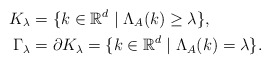
\begin{align*}K_{\lambda}&=\{k \in \mathbb{R}^d \mid \Lambda_A(k)\geq \lambda\},\\\Gamma_{\lambda}&=\partial K_{\lambda}=\{k \in \mathbb{R}^d \mid \Lambda_A(k)=\lambda\}.\end{align*}